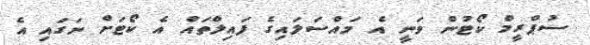
ސުޕްރީމް ކޯޓުން ވަނީ އެ މައްސަލައިގެ ފައިލްތައް އެ ކޯޓަށް ނަގައި އެ